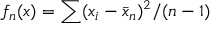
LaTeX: f _ { n } ( x ) = \sum ( x _ { i } - { \bar { x } } _ { n } ) ^ { 2 } / ( n - 1 )